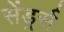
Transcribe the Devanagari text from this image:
सेंड्रर्स